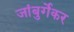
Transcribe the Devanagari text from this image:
जांबुर्गेकर